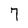
Character: 7